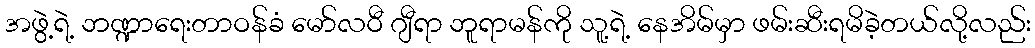
အဖွဲ့ရဲ့ ဘဏ္ဍာရေးတာဝန်ခံ မော်လဝီ ဂျီရာ ဘူရာမန်ကို သူ့ရဲ့ နေအိမ်မှာ ဖမ်းဆီးရမိခဲ့တယ်လို့လည်း